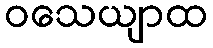
ဝသေယျာထ